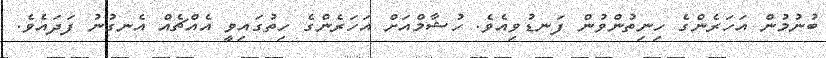
ބުނުމުން އަހަރެންގެ ހިނިތުންވުން ފަނޑުވިއެވެ. ހުޝާމްއަށް އަހަރެންގެ ހިތުގައިވީ އެއްޗެއް އެނގުނު ފަދައެވެ.